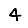
Digit: 4